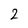
Character: 2